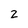
Character: 2